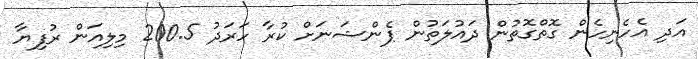
އަދި އެހެނިހެން ގޮތްގޮތުން ދައުލަތުން ޕެންޝަނަށް ކުރާ ހަރަދު 200.5 މިލިއަން ރުފިޔާ